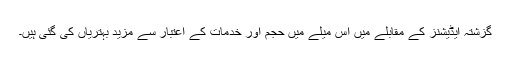
گزشتہ ایڈیشنز کے مقابلے میں اس میلے میں حجم اور خدمات کے اعتبار سے مزید بہتریاں کی گئی ہیں۔